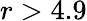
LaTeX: r>4.9